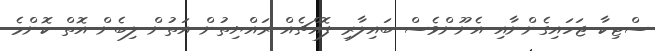
ސްޓިކާ ޖަހައިގެންނާއި އެނޫންވެސް ބައިލާރި ފޮއްޗެއް ރައްޔިތުން އަތުން ލިބެން އޮތް ކޮންމެ